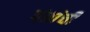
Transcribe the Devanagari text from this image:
पंतांची